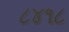
૮૪૧૮